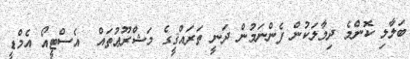
ބަލާލި ކޮންމެ ދިމާލަކުން ފެންނަމުން ދަނީ ތަރައްޤީގެ މަޝްރޫޢުތައް  އެސްޓީއޯ އެމްޑީ